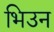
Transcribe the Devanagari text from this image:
भिउन